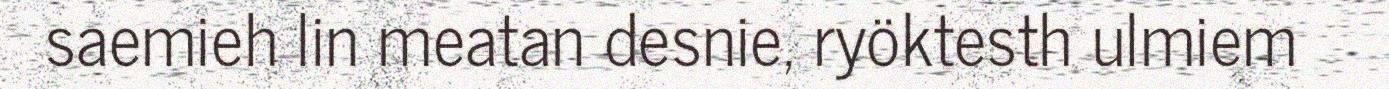
saemieh lin meatan desnie, ryöktesth ulmiem